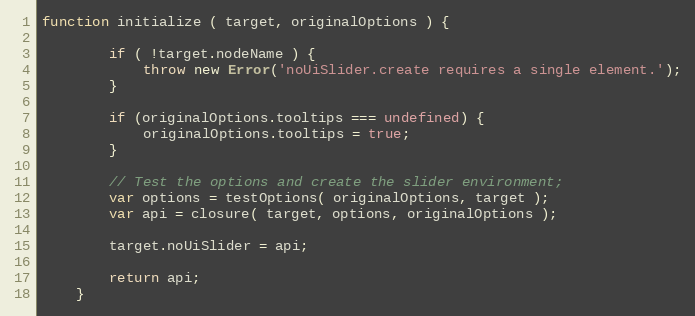
Language: JavaScript
function initialize ( target, originalOptions ) {

        if ( !target.nodeName ) {
            throw new Error('noUiSlider.create requires a single element.');
        }

        if (originalOptions.tooltips === undefined) {
            originalOptions.tooltips = true;
        }

        // Test the options and create the slider environment;
        var options = testOptions( originalOptions, target );
        var api = closure( target, options, originalOptions );

        target.noUiSlider = api;

        return api;
    }